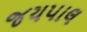
જયપાલ